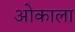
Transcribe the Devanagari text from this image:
ओकाला